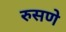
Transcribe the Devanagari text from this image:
रुसणे